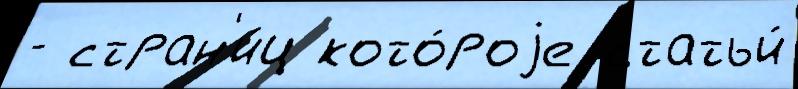
- стран'и́ц кото́роjе статьи́